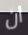
ان